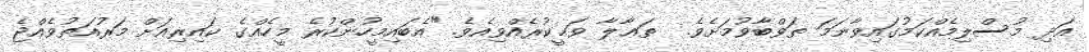
އަދި މުސްލިމެއްކަމުގައިވާނަމަ ތަވްބާވުމަށެވެ.  ތަޢާލާ ވަޙީކުރެއްވިއެވެ. "އެބައިމީހުންކުރެ މީހެއްގެ ކައިރިއަށް މަރުއަތުވެއްޖެ